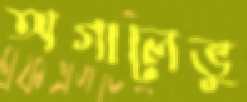
অগালেভু